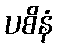
ပစိနံ